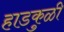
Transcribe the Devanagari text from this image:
हाडकुळी